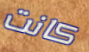
كانت